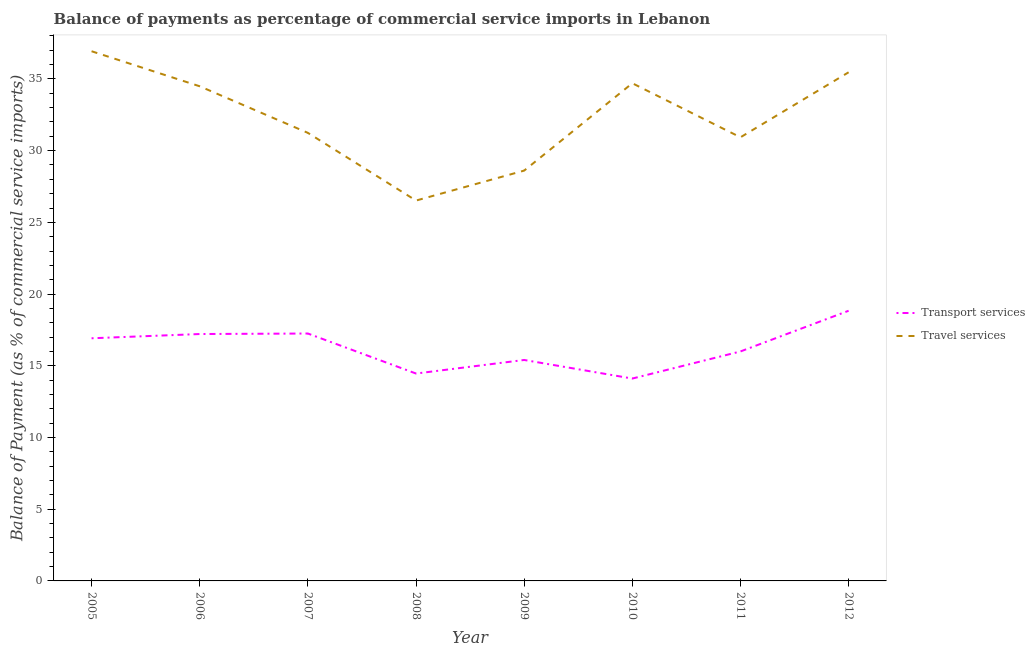
| Year | Transport services | Travel services |
 | --- | --- | --- |
 | 2005 | 16.9 | 36.9 |
 | 2006 | 17.2 | 34.5 |
 | 2007 | 17.2 | 31.2 |
 | 2008 | 14.5 | 26.5 |
 | 2009 | 15.4 | 28.6 |
 | 2010 | 14.1 | 34.7 |
 | 2011 | 16 | 30.9 |
 | 2012 | 18.8 | 35.5 |